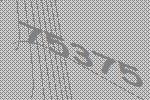
75375